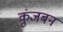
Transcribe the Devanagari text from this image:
कुंजबन